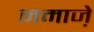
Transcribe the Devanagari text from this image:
नमाजे़